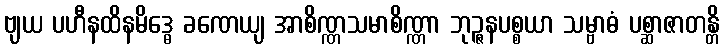
ဗျယ ပဟီနထိနမိဒ္ဓေ ခဏေယျ အာစိဏ္ဏသမာစိဏ္ဏာ ဘုဉ္ဇနပစ္စယာ သမ္ဗာဓံ ပစ္ဆာဇာတန္တိ